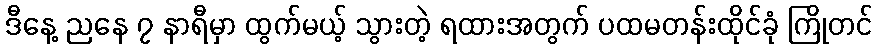
ဒီနေ့ ညနေ ၇ နာရီမှာ ထွက်မယ့် သွားတဲ့ ရထားအတွက် ပထမတန်းထိုင်ခုံ ကြိုတင်